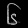
Digit: ၆